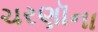
ચરણૉના